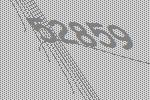
52859